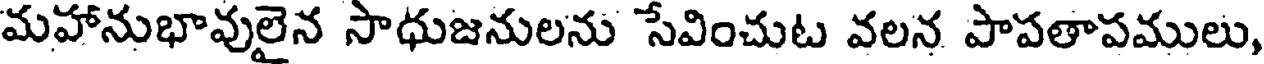
మహానుభావులైన సాధుజనులను సేవించుట వలన పాపతాపములు,